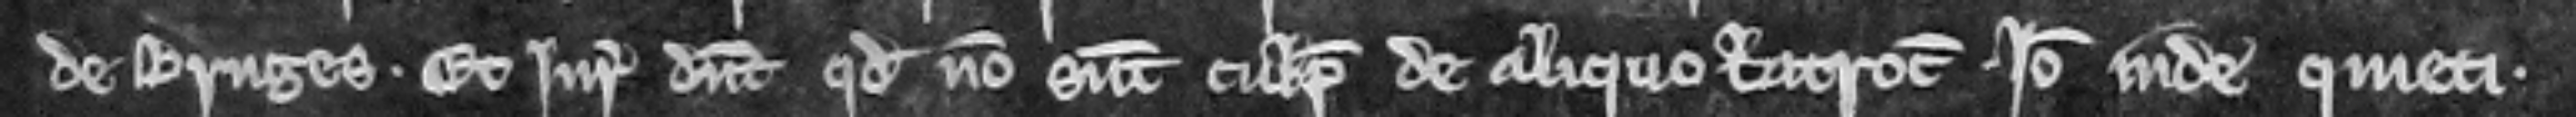
de Bruges. Et juratores dicunt quod non sunt culpabiles de aliquo latrocinio. Ideo inde quieti.